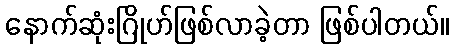
နောက်ဆုံးဂြိုဟ်ဖြစ်လာခဲ့တာ ဖြစ်ပါတယ်။